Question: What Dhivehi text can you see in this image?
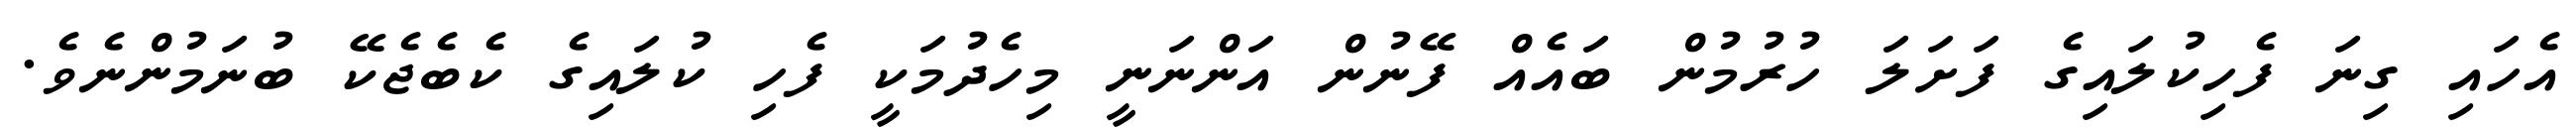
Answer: އެހައި ގިނަ ފެހިކުލައިގެ ފަށަލަ ހުރުމުން ބައެއް ފޭނުން އަންނަނީ މިހެދުމަކީ ފެހި ކުލައިގެ ކެބެޖެކޭ ބުނަމުންނެވެ.